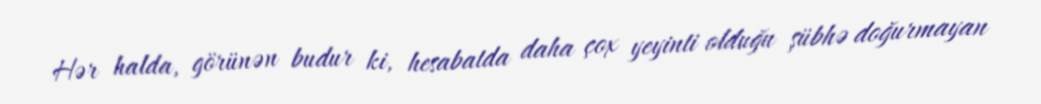
Hər halda, görünən budur ki, hesabatda daha çox yeyinti olduğu şübhə doğurmayan